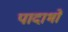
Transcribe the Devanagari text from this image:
पादाभों